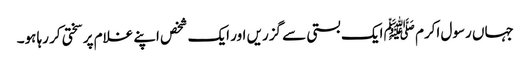
جہاں رسول اکرم ﷺ ایک بستی سے گزریں اور ایک شخص اپنے غلام پر سختی کر رہا ہو۔